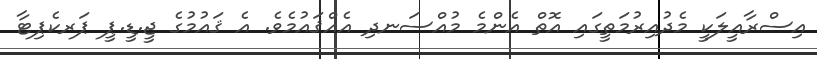
އިސްރާއީލަކީ މެދުއިރުމަތީގައި އޮތް އެންމެ މުއްސަނދި އެއްޤައުމެވެ. އެ ޤައުމުގެ ޖީ.ޑީ.ޕީ ޕަރކެޕިޓާ